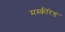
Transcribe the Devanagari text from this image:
मस्कीरेड